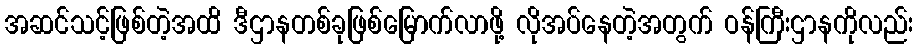
အဆင်သင့်ဖြစ်တဲ့အထိ ဒီဌာနတစ်ခုဖြစ်မြောက်လာဖို့ လိုအပ်နေတဲ့အတွက် ဝန်ကြီးဌာနကိုလည်း